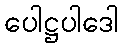
ပေါဋ္ဌပါဒေါ